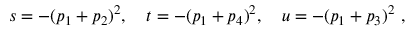
s = - ( p _ { 1 } + p _ { 2 } ) ^ { 2 } , \quad t = - ( p _ { 1 } + p _ { 4 } ) ^ { 2 } , \quad u = - ( p _ { 1 } + p _ { 3 } ) ^ { 2 } \ ,